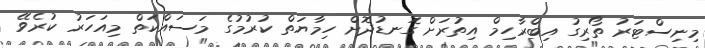
މިނިސްޓަރު ތޯރިގު އިބްރާހިމް އިތުރަށް ގޮނޑުދޮށް ހިމާޔަތް ކުރުމުގެ މަސައްކަތް މިއަހަރު ކުރެވޭ